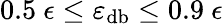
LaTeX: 0.5~\epsilon\leq\varepsilon_{\mathrm{db}}\leq 0.9~\epsilon